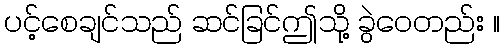
ပင့်စေချင်သည် ဆင်ခြင်ဤသို့ ခွဲဝေတည်း ။